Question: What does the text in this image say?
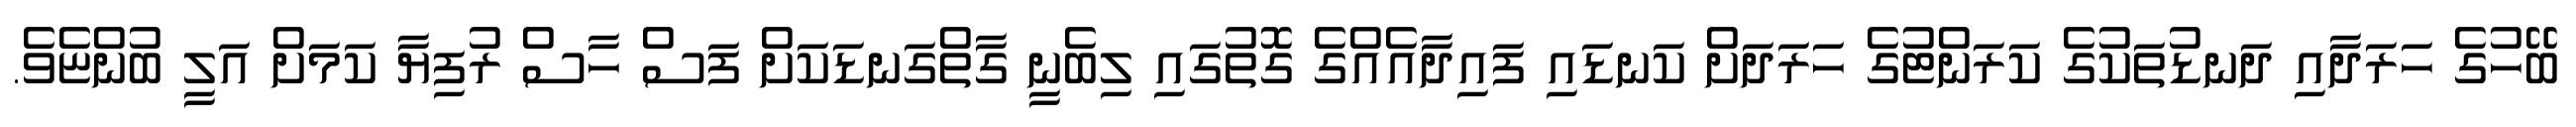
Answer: ބޭހުގެ ހަރަދާއި ދަނޑުތަކުގެ ކަރަންޓުގެ ހަރަދަށް ކަނޑައި ފައިދާއެއްގެ ގޮތުގައި ލިބެނީ ގާތްގަނޑަކަށް ފަސް ހާސް ރުފިޔާ ކަމަށް އަލީ ބުންޏެވެ.